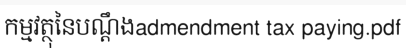
កម្មវត្ថុនៃបណ្តឹងadmendment tax paying.pdf